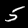
Label: 5